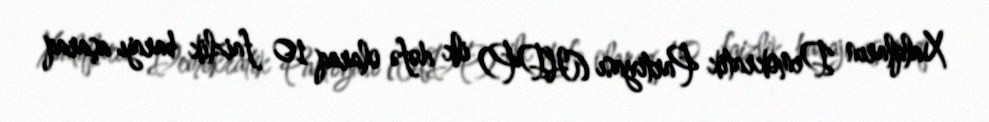
Xalqların Demokratik Partiyası (HDP) ilk dəfə olaraq 10 faizlik barajı aşaraq